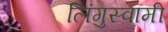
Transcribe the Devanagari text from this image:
लिंगुस्वामी